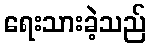
ရေးသားခဲ့သည်